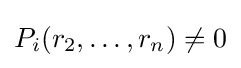
P_{i}(r_{2},\ldots ,r_{n})\neq 0